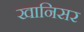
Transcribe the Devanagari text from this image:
खानिसर